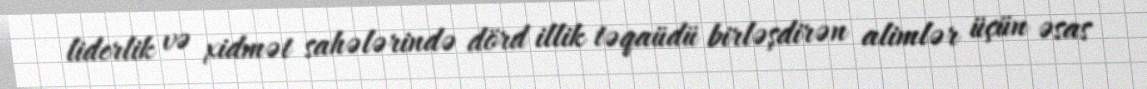
liderlik və xidmət sahələrində dörd illik təqaüdü birləşdirən alimlər üçün əsas